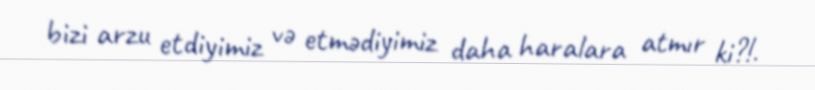
bizi arzu etdiyimiz və etmədiyimiz daha haralara atmır ki?!.